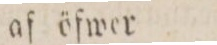
af öfwer